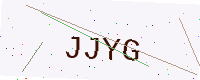
Text: JJYG